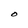
Character: O